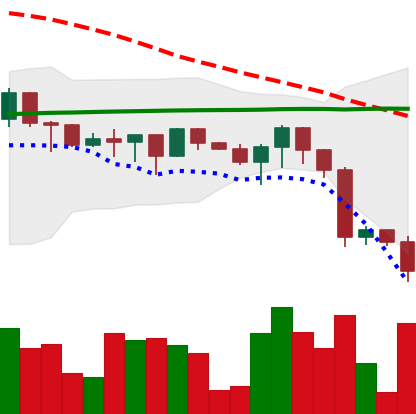
Ticker: XRP-USD
Chart end date: 2022-12-19
Forward return: 3.928%
Label: up_3_5